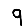
Digit: 9